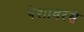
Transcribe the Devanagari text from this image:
पेशावरसे